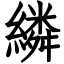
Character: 繗